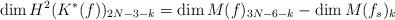
LaTeX: \begin{align*}\dim H^2(K^*(f))_{2N-3-k}=\dim M(f)_{3N-6-k}-\dim M(f_s)_k\end{align*}